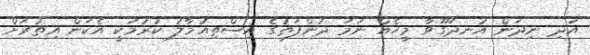
އަދި ނިދަން އުނދަގޫވާ މީހެއް ނަމަ ދުންފަތުގެ އިސްތިއުމާލު ކުރުމަކީ އެކަން އިތުރަށް